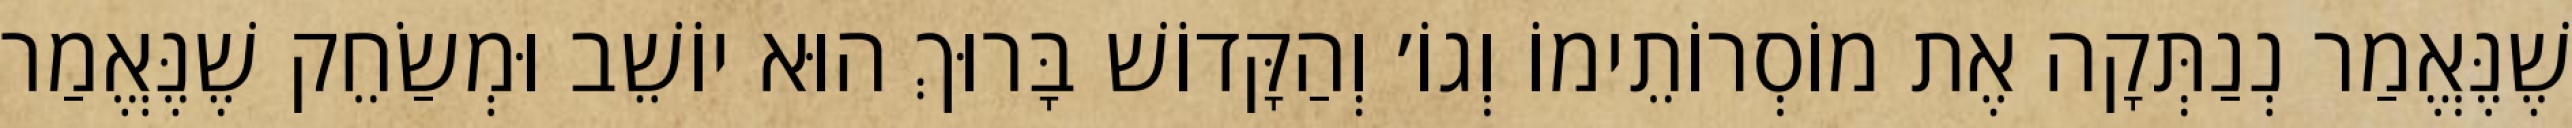
שֶׁנֶּאֱמַר נְנַתְּקָה אֶת מוֹסְרוֹתֵימוֹ וְגוֹ׳ וְהַקָּדוֹשׁ בָּרוּךְ הוּא יוֹשֵׁב וּמְשַׂחֵק שֶׁנֶּאֱמַר